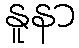
နူနာ